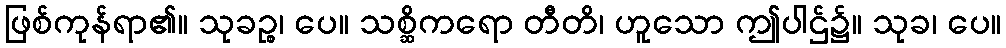
ဖြစ်ကုန်ရာ၏။ သုခဉ္စ၊ ပေ။ သစ္ဆိကရော တီတိ၊ ဟူသော ဤပါဌ်၌။ သုခ၊ ပေ။